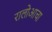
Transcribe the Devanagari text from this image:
रालोआचा